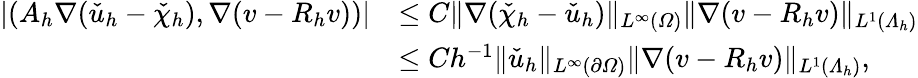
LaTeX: \begin{array}{rl}{|(A_{h}\nabla(\check{u}_{h}-\check{\chi}_{h}),\nabla(v-R_{h}v))|}&{\leq C\| \nabla(\check{\chi}_{h}-\check{u}_{h})\| _{L^{\infty}(\varOmega)}\| \nabla(v-R_{h}v)\| _{L^{1}(\varLambda_{h})}}\\ &{\leq Ch^{-1}\| \check{u}_{h}\| _{L^{\infty}(\partial\varOmega)}\| \nabla(v-R_{h}v)\| _{L^{1}(\varLambda_{h})},}\end{array}